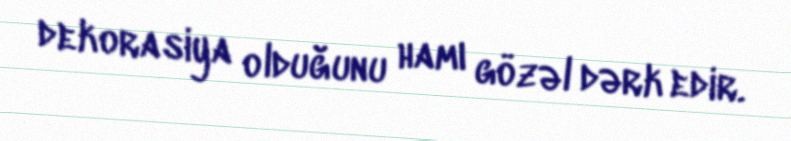
dekorasiya olduğunu hamı gözəl dərk edir.